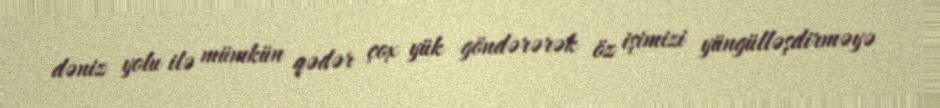
dəniz yolu ilə mümkün qədər çox yük göndərərək öz işimizi yüngülləşdirməyə